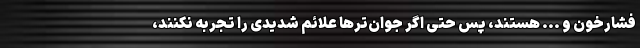
فشارخون و ... هستند، پس حتی اگر جوان‌ترها علائم شدیدی را تجربه نکنند،